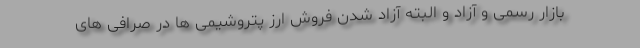
بازار رسمی و آزاد و البته آزاد شدن فروش ارز پتروشیمی ها در صرافی های